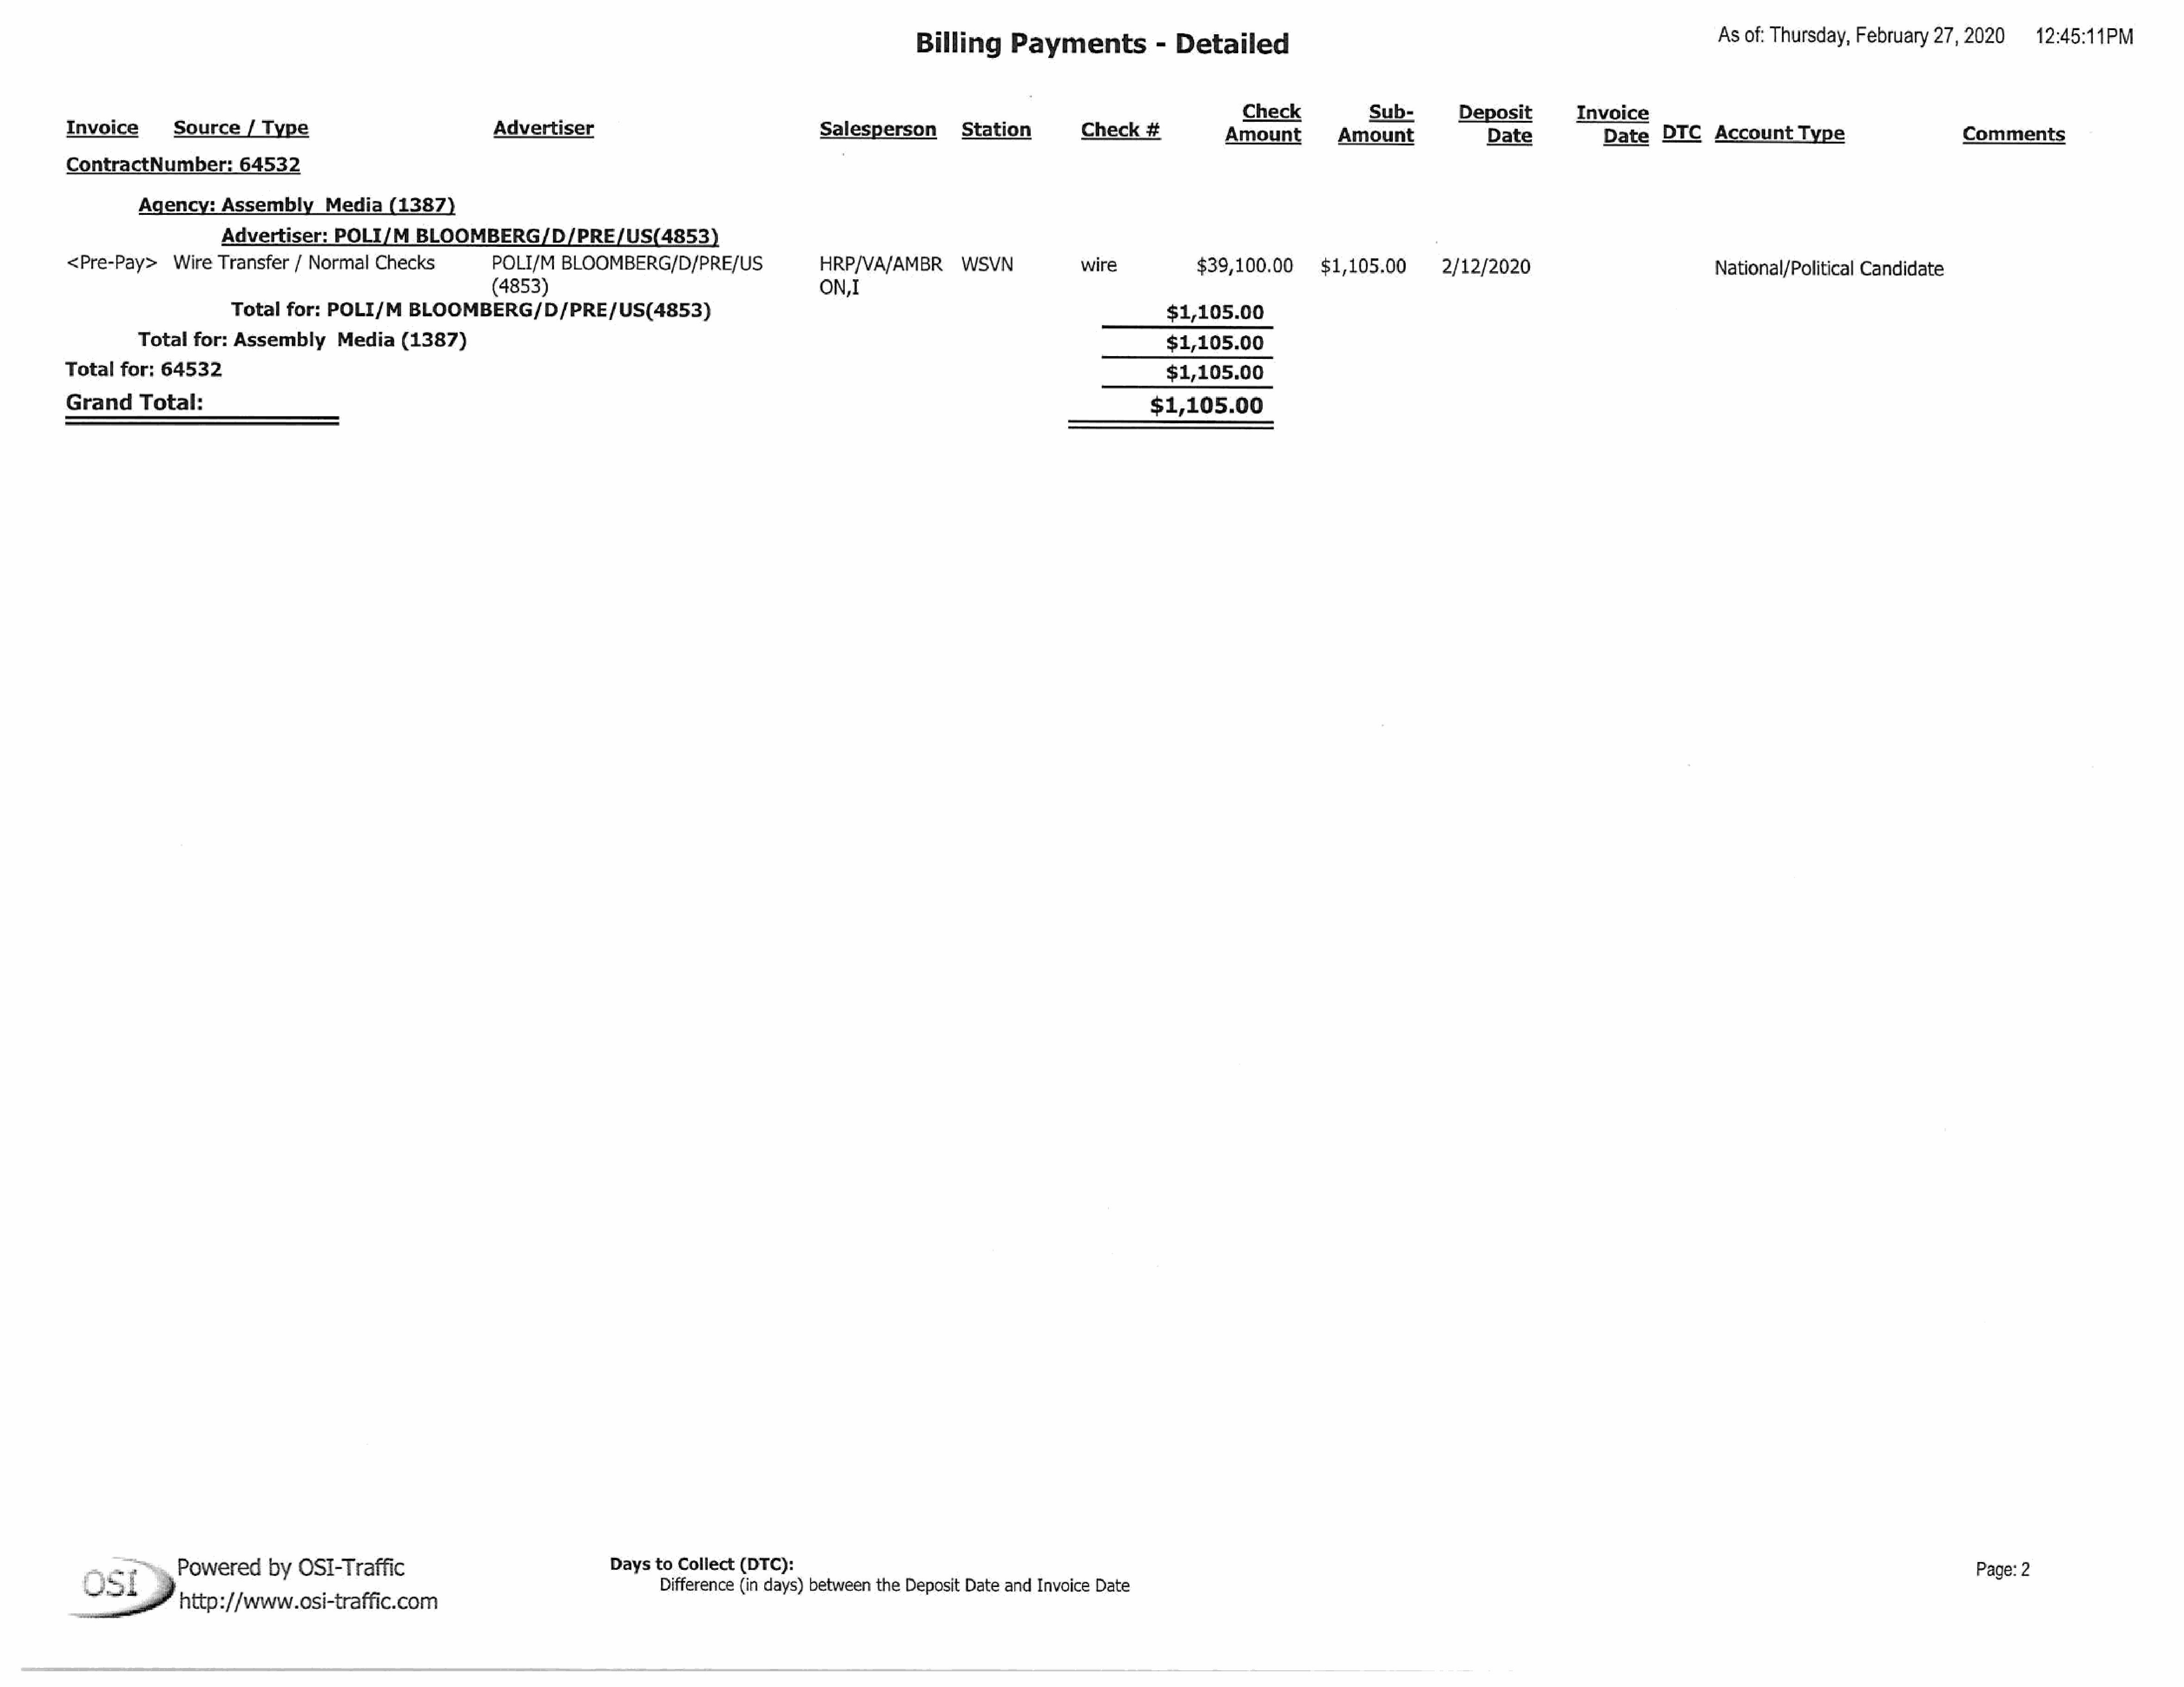
Billing       Payments            -  Detailed                                                                      Asof:  Thursday,   February   27,2020        12:45:11PM
 Check             Sub-         Deposit         Invoice
 Invoice        Source    / Type                              Advertiser                                    Salesperson         Station           Check    #          Amount          Amount                Date            Date     DTC    Account     Type                    Comments
 ContractNumber:         64532
 Agency:     Assembly       Media     (1387
 Advertiser:     POLI/M      BLOOMBERG/D/PRE/US(4853)
 <Pre-Pay>      Wire  Transfer   / Normal    Checks           POLI/M   BLOOMBERG/D/PRE/US.                  HRP/VA/AMBR_        WSVN             wire             $39,100.00        $1,105.00        2/12/2020                              National/Political   Candidate
 (4853)                                         ON,
 Total   for:  POLI/M      BLOOMBERG/D/PRE/US(4853)                                                                                    $1,105.00
 Total   for: Assembly       Media    (1387)                                                                                                        $1,105.00
 Total   for:  64532
 $1,105.00
 Grand      Total:                                                                                                                                             1,105.00
 2                              2                                      Daysto    Collect  (DTC):
 Page: 2
 US]           Powered     by   OSI:traffic                                        Difference  (in days) between  the  Deposit Date  and Invoice  Date
 http://www.osi-traffic.com